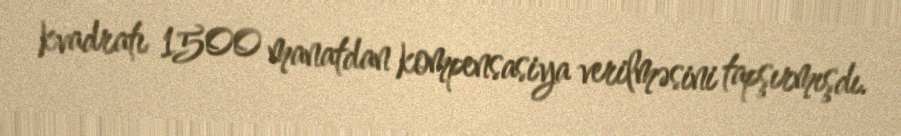
kvadratı 1500 manatdan kompensasiya verilməsini tapşırmışdı.